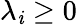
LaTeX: \lambda_{\mathit{i}}\geq0